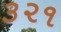
૩૨૧